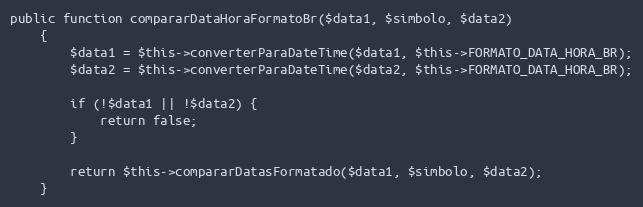
Language: PHP
public function compararDataHoraFormatoBr($data1, $simbolo, $data2)
    {
        $data1 = $this->converterParaDateTime($data1, $this->FORMATO_DATA_HORA_BR);
        $data2 = $this->converterParaDateTime($data2, $this->FORMATO_DATA_HORA_BR);

        if (!$data1 || !$data2) {
            return false;
        }

        return $this->compararDatasFormatado($data1, $simbolo, $data2);
    }